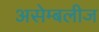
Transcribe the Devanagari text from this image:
असेम्बलीज